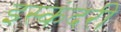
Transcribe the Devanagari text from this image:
इस्कंदरी